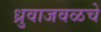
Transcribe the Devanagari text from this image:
ध्रुवाजवळचे